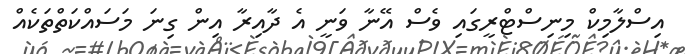
އިސްލާމިކް މިނިސްޓްރީގައި ވެސް އޭނާ ވަނީ އެ ދާއިރާ އިން ގިނަ މަސައްކަތްތަކެއް